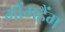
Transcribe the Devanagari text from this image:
गोंगहैंग